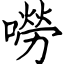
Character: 嘮